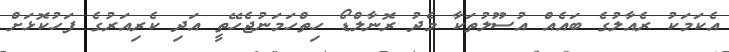
އެކަމަކު ރެއާލުގެ ބައެއް އުސޫލުތަކާ މެދު ރޮނާލްޑޯ ހިތްހަމަނުޖެހޭތީ އަދި ކެރިއަރުގެ ފަހުކޮޅަށް